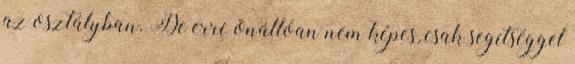
az osztályban. De erre önállóan nem képes, csak segítséggel